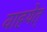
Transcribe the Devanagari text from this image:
वाहयेत्